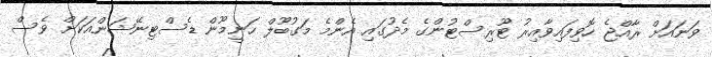
ވަނައަށް ރާއްޖެ ހޮވިފައިވާއިރު ޓޫރިސްޓުންގެ މެދުގައި އެންމެ މަގުބޫލް ހަނީމޫން ޑެސްޓިނޭޝަންއަކަށް ވެސް